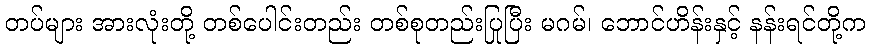
တပ်များ အားလုံးတို့ တစ်ပေါင်းတည်း တစ်စုတည်းပြုပြီး မဂမ်၊ ဘောင်ဟိန်းနှင့် နန်းရင်တို့က